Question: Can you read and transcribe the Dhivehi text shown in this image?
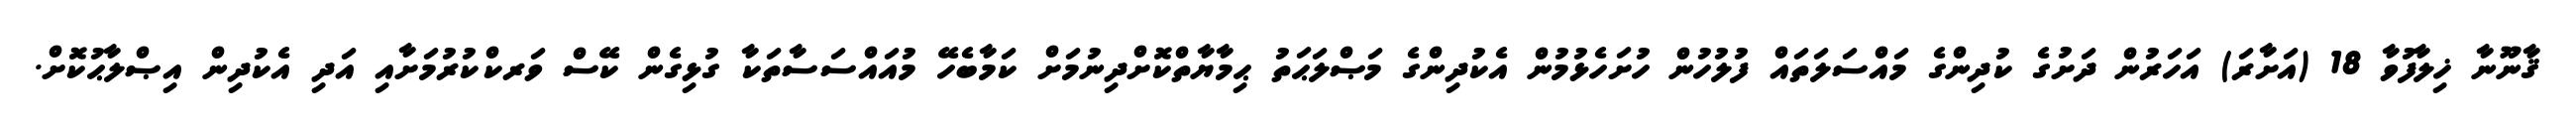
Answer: ޤާނޫނާ ޚިލާފުވާ 18 (އަށާރަ) އަހަރުން ދަށުގެ ކުދިންގެ މައްސަލަތައް ފުލުހުން ހުށަހެޅުމުން އެކުދިންގެ މަޞްލަޙަތު ޙިމާޔާތްކޮށްދިނުމަށް ކަމާބެހޭ މުއައްސަސާތަކާ ގުޅިގެން ކޭސް ވަރކްކުރުމަށާއި އަދި އެކުދިން އިޞްލާޙުކޮށް.